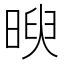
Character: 𣈵